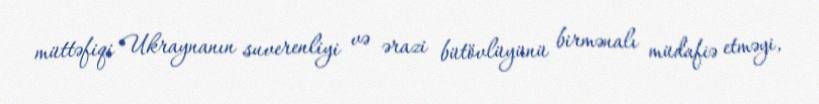
müttəfiqi Ukraynanın suverenliyi və ərazi bütövlüyünü birmənalı müdafiə etməyi,